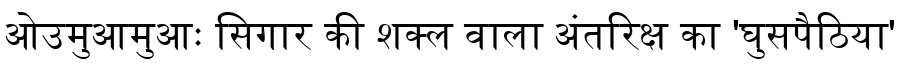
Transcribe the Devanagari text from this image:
ओउमुआमुआः सिगार की शक्ल वाला अंतरिक्ष का 'घुसपैठिया'